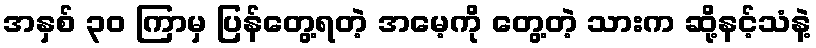
အနှစ် ၃၀ ကြာမှ ပြန်တွေ့ရတဲ့ အမေ့ကို တွေ့တဲ့ သားက ဆို့နင့်သံနဲ့